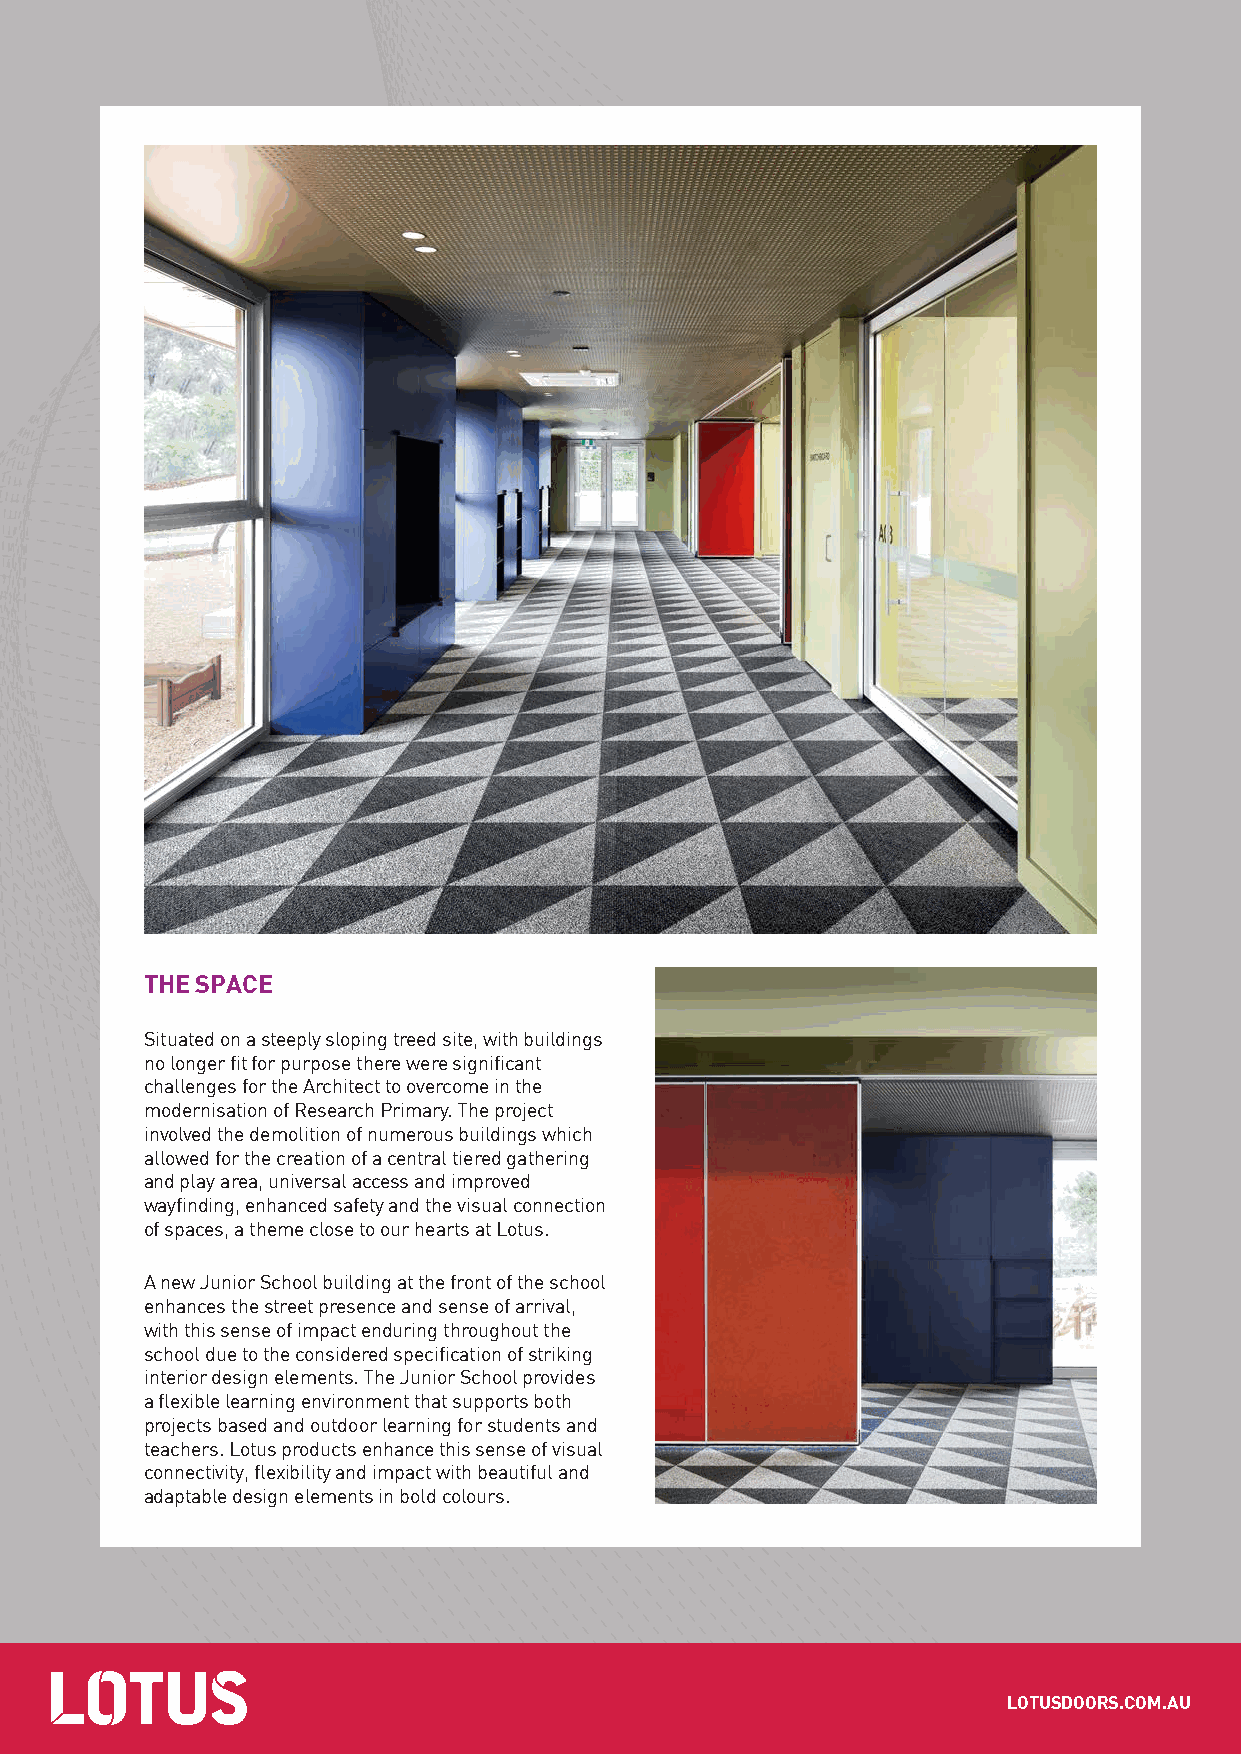
THE SPACE
 Situated on a steeply sloping treed site, with buildings
 no longer fit for purpose there were significant
 challenges for the Architect to overcome in the
 modernisation of Research Primary. The project
 involved the demolition of numerous buildings which
 allowed for the creation of a central tiered gathering
 and play area, universal access and improved
 wayfinding, enhanced safety and the visual connection
 of spaces, a theme close to our hearts at Lotus.
 A new Junior School building at the front of the school
 enhances the street presence and sense of arrival,
 with this sense of impact enduring throughout the
 school due to the considered specification of striking
 interior design elements. The Junior School provides
 a flexible learning environment that supports both
 projects based and outdoor learning for students and
 teachers. Lotus products enhance this sense of visual
 connectivity, flexibility and impact with beautiful and
 adaptable design elements in bold colours.
 LOTUSDOORS.COM.AU